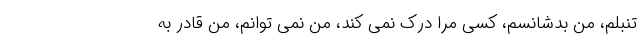
تنبلم، من بدشانسم، کسی مرا درک نمی کند، من نمی توانم، من قادر به